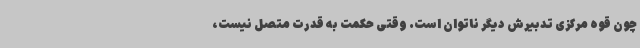
چون قوه مرکزی تدبیرش دیگر ناتوان است. وقتی حکمت به قدرت متصل نیست،